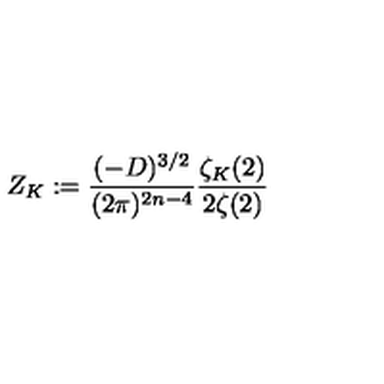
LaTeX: Z _ { K } : = \frac { ( - D ) ^ { 3 / 2 } } { ( 2 \pi ) ^ { 2 n - 4 } } \frac { \zeta _ { K } ( 2 ) } { 2 \zeta ( 2 ) }